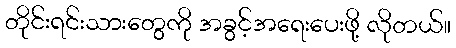
တိုင်းရင်းသားတွေကို အခွင့်အရေးပေးဖို့ လိုတယ်။